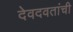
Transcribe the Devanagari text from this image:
देवदवतांची